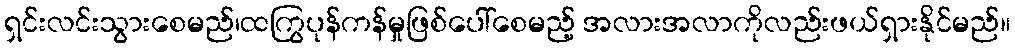
ရှင်းလင်းသွားစေမည်၊ထကြွပုန်ကန်မှုဖြစ်ပေါ်စေမည့် အလားအလာကိုလည်းဖယ်ရှားနိုင်မည်။